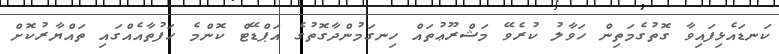
ކަނޑައެޅިފައިވާ ގޮތުގެމަތިން ހަވާލު ކުރެވޭ މަޝްރޫޢުތައް ހިނގަމުންދާގޮތުގެ އަޕްޑޭޓް ކޮންމެ ހަފުތާއެއްގައި ތައްޔާރުކޮށް